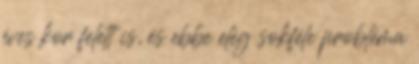
éves kor felett is, és ebbe elég sokféle probléma